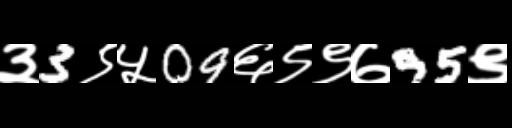
Text: ३3९५09६९९७95९